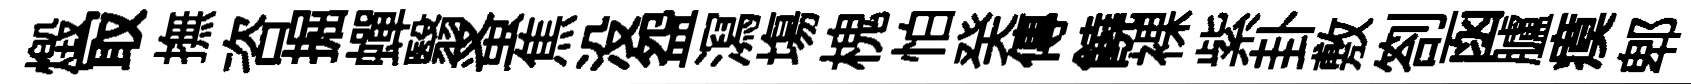
燬冣撫咨掘蟬翳蚤焦没盌㵼塲槐怕癸傳饒裸紫卦敷劄函臚瘼郫